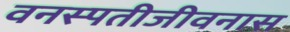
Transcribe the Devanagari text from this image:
वनस्पतीजीवनास